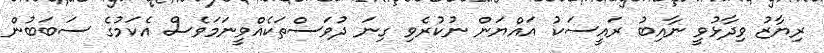
ރިޔާޒު ވިދާޅުވީ ނާއިބު ރައީސަކު އައްޔަން ނުކުރެވި ގިނަ ދުވަސްތަކެއްވީނަމަވެސް އެކަމުގެ ސަބަބުން